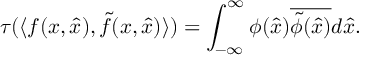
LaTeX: \tau ( \langle f ( x , \hat { x } ) , \tilde { f } ( x , \hat { x } ) \rangle ) = \int _ { - \infty } ^ { \infty } \phi ( \hat { x } ) \overline { { { \tilde { \phi } ( \hat { x } ) } } } d \hat { x } .